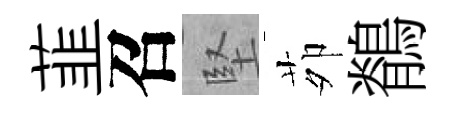
韮召堅茆鶺